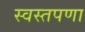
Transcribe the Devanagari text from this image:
स्वस्तपणा